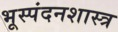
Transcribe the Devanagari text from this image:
भूस्पंदनशास्त्र